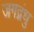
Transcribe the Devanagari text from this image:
जगद्बंधु